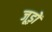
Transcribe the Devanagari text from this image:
जूड़ों